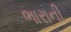
ભારાની